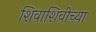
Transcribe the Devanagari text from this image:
शिवाशिवीच्या